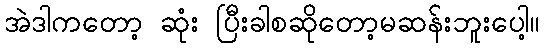
အဲဒါကတော့ ဆုံး ပြီးခါစဆိုတော့မဆန်းဘူးပေါ့။